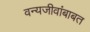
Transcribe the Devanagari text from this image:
वन्यजीवांबाबत